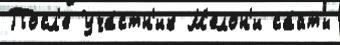
Посл'е Уча́стн'ик М'елон'и са́йты